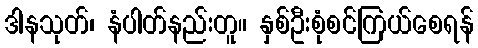
ဒါနသုတ်၊ နံပါတ်နည်းတူ။ နှစ်ဦးစုံစင်ကြယ်စေရန်